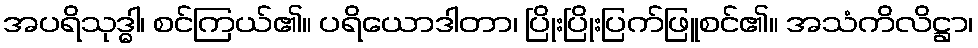
အပရိသုဒ္ဓါ၊ စင်ကြယ်၏။ ပရိယောဒါတာ၊ ပြိုးပြိုးပြက်ဖြူစင်၏။ အသံကိလိဋ္ဌာ၊